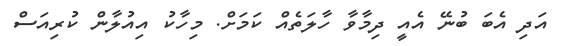
އަދި އެބަ ބުނޭ އެއީ ދިމާވާ ހާލަތެއް ކަމަށް. މިހާކު އިއުލާން ކުރިއަސް